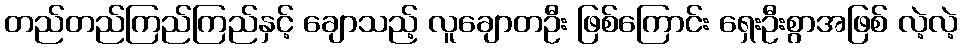
တည်တည်ကြည်ကြည်နှင့် ချောသည့် လူချောတဦး ဖြစ်ကြောင်း ရှေးဦးစွာအဖြစ် လဲ့လဲ့